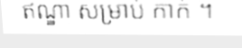
ឥណ្ឌា សម្រាប់ កាក់ ។